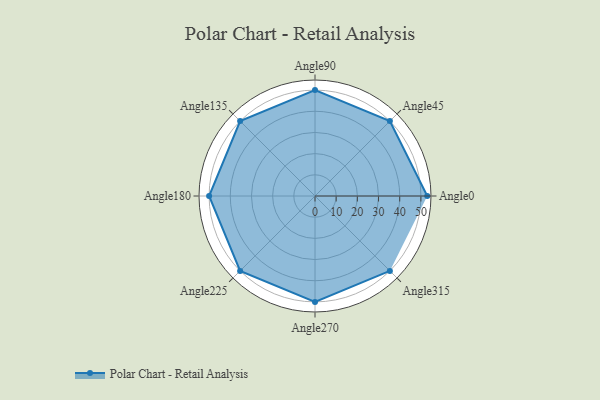
{"axis": {"x": "Angle", "y": "Radius"}, "legend": [""], "data": [{"x": "Angle0", "y": 53.0, "type": ""}, {"x": "Angle45", "y": 50, "type": ""}, {"x": "Angle90", "y": 50, "type": ""}, {"x": "Angle135", "y": 50, "type": ""}, {"x": "Angle180", "y": 50, "type": ""}, {"x": "Angle225", "y": 50, "type": ""}, {"x": "Angle270", "y": 50, "type": ""}, {"x": "Angle315", "y": 50, "type": ""}]}